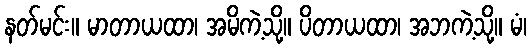
နတ်မင်း။ မာတာယထာ၊ အမိကဲ့သို့။ ပိတာယထာ၊ အဘကဲ့သို့။ မံ၊